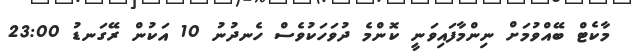
މާކެޓް ބޭއްވުމަށް ނިންމާފައިވަނީ ކޮންމެ ދުވަހަކުވެސް ހެނދުނު 10 އަކުން ރޭގަނޑު 23:00